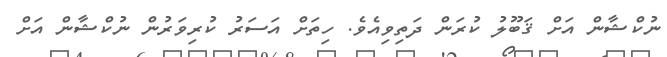
ނުކްޝާން އަށް ޤަބޫލު ކުރަން ދަތިވިއެވެ. ހިތަށް އަސަރު ކުރިވަރުން ނުކްޝާން އަށް